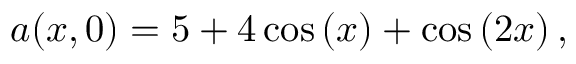
a ( x , 0 ) = 5 + 4 \cos \left( x \right) + \cos \left( 2 x \right) ,